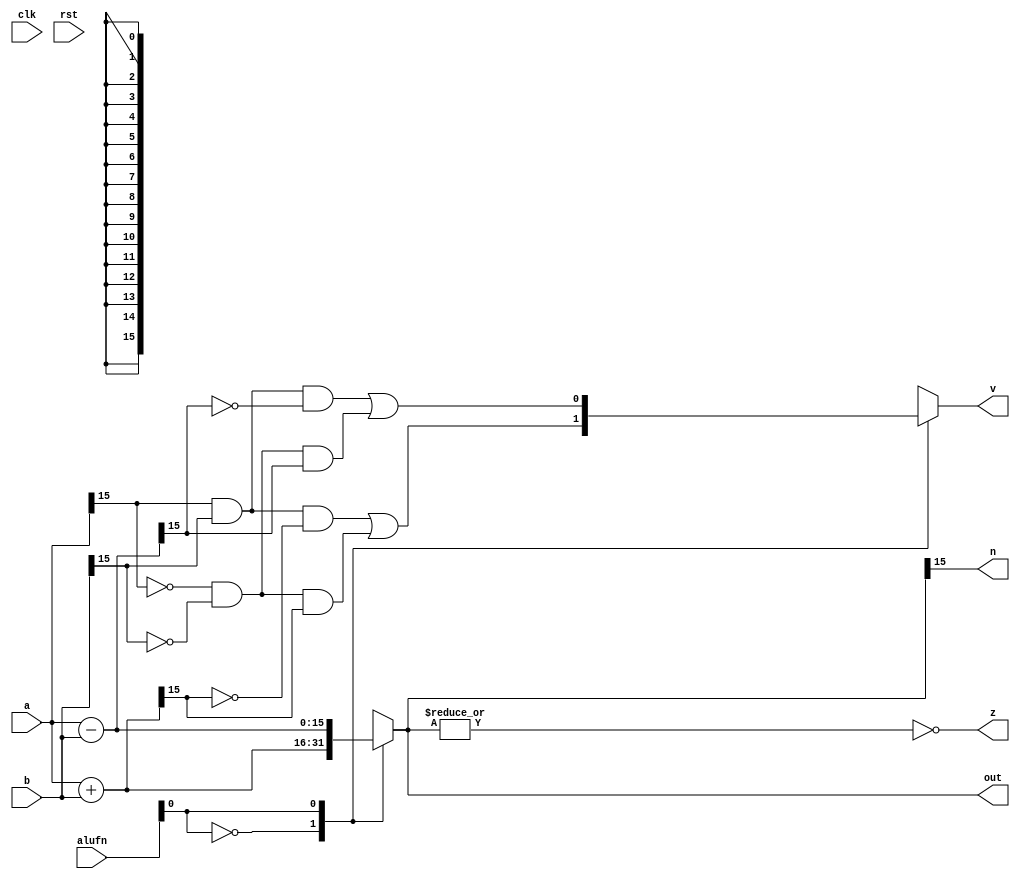
/*
   This file was generated automatically by the Mojo IDE version B1.3.6.
   Do not edit this file directly. Instead edit the original Lucid source.
   This is a temporary file and any changes made to it will be destroyed.
*/

module add_31 (
    input clk,
    input rst,
    input [5:0] alufn,
    input [15:0] a,
    input [15:0] b,
    output reg [15:0] out,
    output reg [0:0] v,
    output reg [0:0] z,
    output reg [0:0] n
  );
  
  
  
  reg [15:0] sum_intermediate;
  
  always @* begin
    
    case (alufn[0+0-:1])
      1'h0: begin
        sum_intermediate = a + b;
        v = (((a[15+0-:1]) & ((^b[15+0-:1])) & (~sum_intermediate[15+0-:1])) | ((~a[15+0-:1]) & ((^~b[15+0-:1])) & (sum_intermediate[15+0-:1])));
      end
      1'h1: begin
        sum_intermediate = a - b;
        v = (((a[15+0-:1]) & ((^b[15+0-:1])) & (~sum_intermediate[15+0-:1])) | ((~a[15+0-:1]) & ((^~b[15+0-:1])) & (sum_intermediate[15+0-:1])));
      end
      default: begin
        sum_intermediate = a + b;
        v = (((a[15+0-:1]) & ((^b[15+0-:1])) & (~sum_intermediate[15+0-:1])) | ((~a[15+0-:1]) & ((^~b[15+0-:1])) & (sum_intermediate[15+0-:1])));
      end
    endcase
    out = sum_intermediate[0+15-:16];
    z = (~|sum_intermediate);
    n = sum_intermediate[15+0-:1];
  end
endmodule